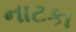
નાટકા